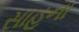
સાહૂના